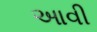
આવી